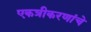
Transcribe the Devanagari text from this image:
एकत्रीकरणांचे